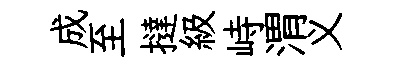
成至撻級峙渭义